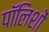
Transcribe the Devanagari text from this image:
पॉलिशों